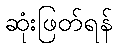
ဆုံးဖြတ်ရန်